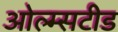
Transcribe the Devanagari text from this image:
ओल्म्सटीड